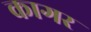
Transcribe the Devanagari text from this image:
कागर